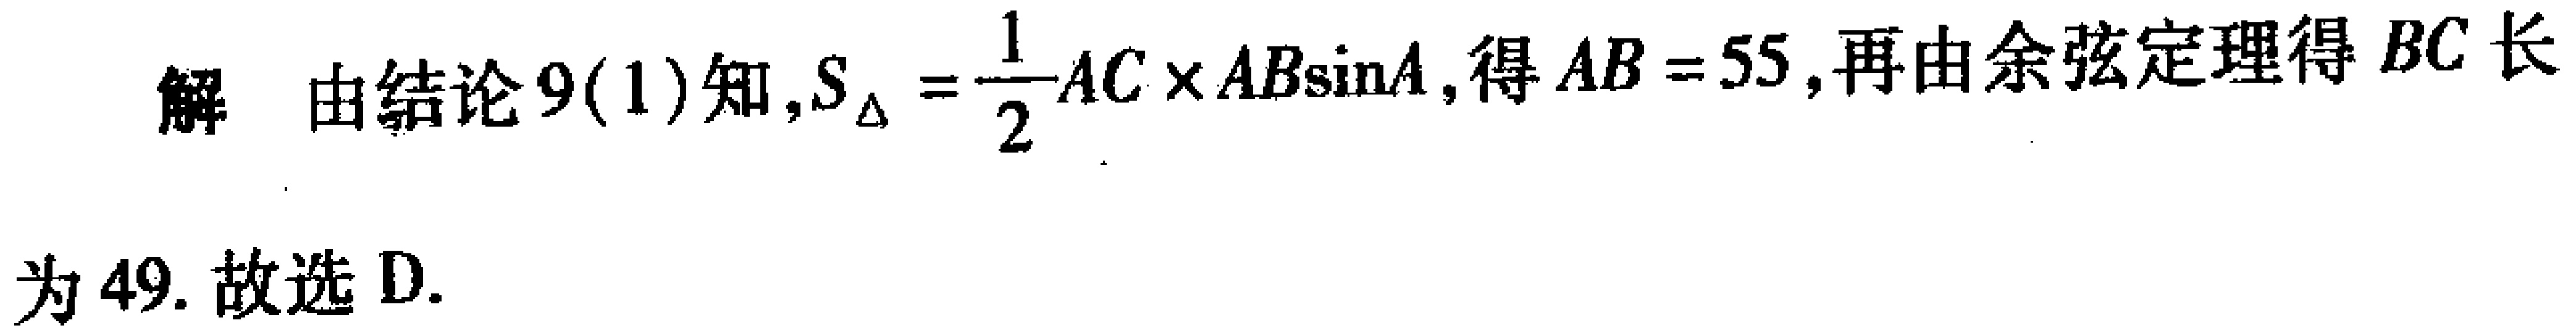
解 由结论9(1)知,$S_{\triangle}=\frac{1}{2}AC\times AB\sin A$,得$AB = 55$,再由余弦定理得$BC$长为49. 故选D.